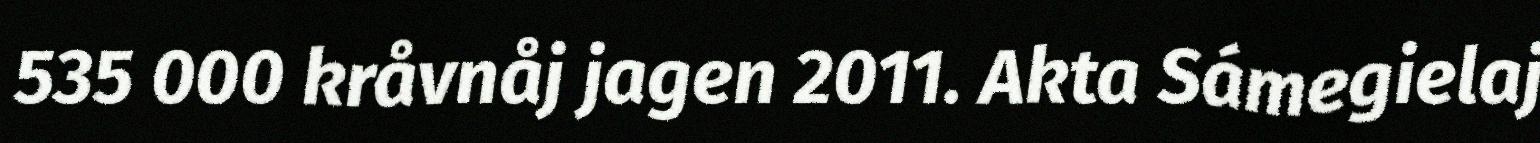
535 000 kråvnåj jagen 2011. Akta Sámegielaj